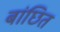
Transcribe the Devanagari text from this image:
बांछित